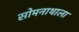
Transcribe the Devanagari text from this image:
सोमनाथाला